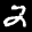
Label: 2